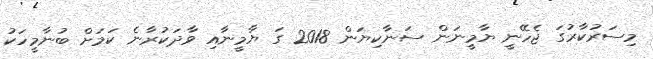
މިސަރުކާރުގަ ޖެހޭނީ ޔާމީނަން ސަނާކިޔަން 2018 ގަ ޔާމީނާއި ވާދަކުރާނެ ކަމަށް ބުނާމީހަކު